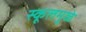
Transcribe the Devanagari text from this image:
स्कूलमुळे